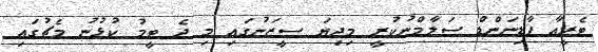
ޓެރީއާ ފާޑިނަންޑް ސަލާމްނުކުރީ މިދިޔަ ސީޒަނުގައި މި ދެ ޓީމު ކުޅުނު މެޗުގައި